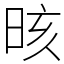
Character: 晐